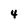
Character: 4